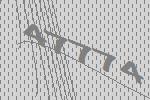
47774